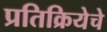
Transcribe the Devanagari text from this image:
प्रतिक्रियेचे